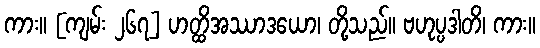
ကား။ [ကျမ်း ၂၆၇] ဟတ္ထိအဿာဒယော၊ တို့သည်။ ဗဟုပ္ပဒါတိ၊ ကား။